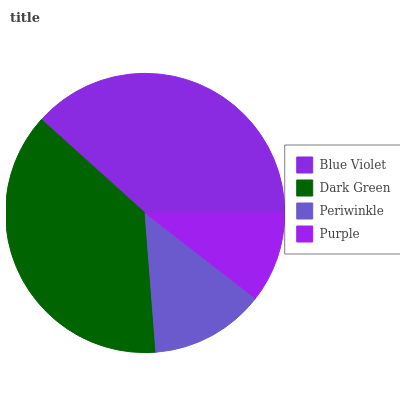
| Blue Violet | Dark Green | Periwinkle | Purple |
 | --- | --- | --- | --- |
 | 38.4% | 37.9% | 13.3% | 10.5% |